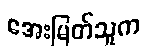
အေးမြတ်သူက